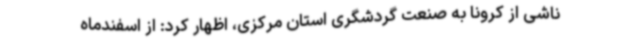
ناشی از کرونا به صنعت گردشگری استان مرکزی، اظهار کرد: از اسفندماه